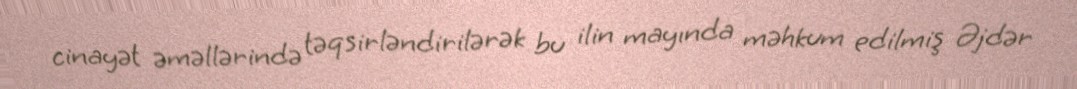
cinayət əməllərində təqsirləndirilərək bu ilin mayında məhkum edilmiş Əjdər